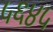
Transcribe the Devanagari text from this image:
५६४५